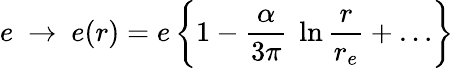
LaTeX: e~\to~e(r)=e\left\{ 1-{\frac{\alpha}{3\pi}}~\ln{\frac{r}{r_{e}}}+\dots\right\}